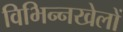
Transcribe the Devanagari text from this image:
विभिन्नखेलों